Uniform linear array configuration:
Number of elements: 4
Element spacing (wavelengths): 1
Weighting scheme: binomial
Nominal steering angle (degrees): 15
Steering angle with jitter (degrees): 16.418
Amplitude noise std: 0.05
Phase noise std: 0.05

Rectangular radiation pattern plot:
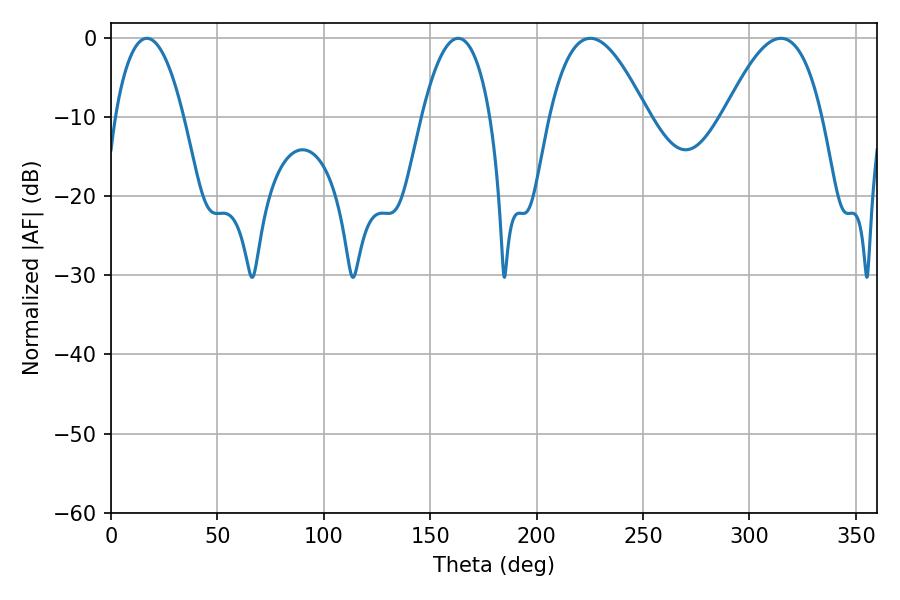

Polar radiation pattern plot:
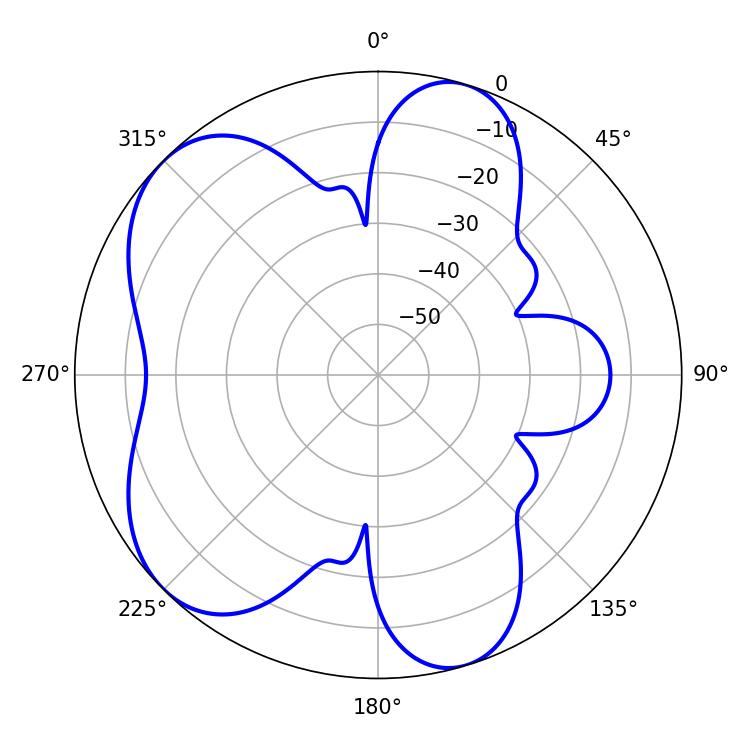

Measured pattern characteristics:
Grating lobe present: TRUE
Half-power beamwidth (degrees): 25.02
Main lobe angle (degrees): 225.18